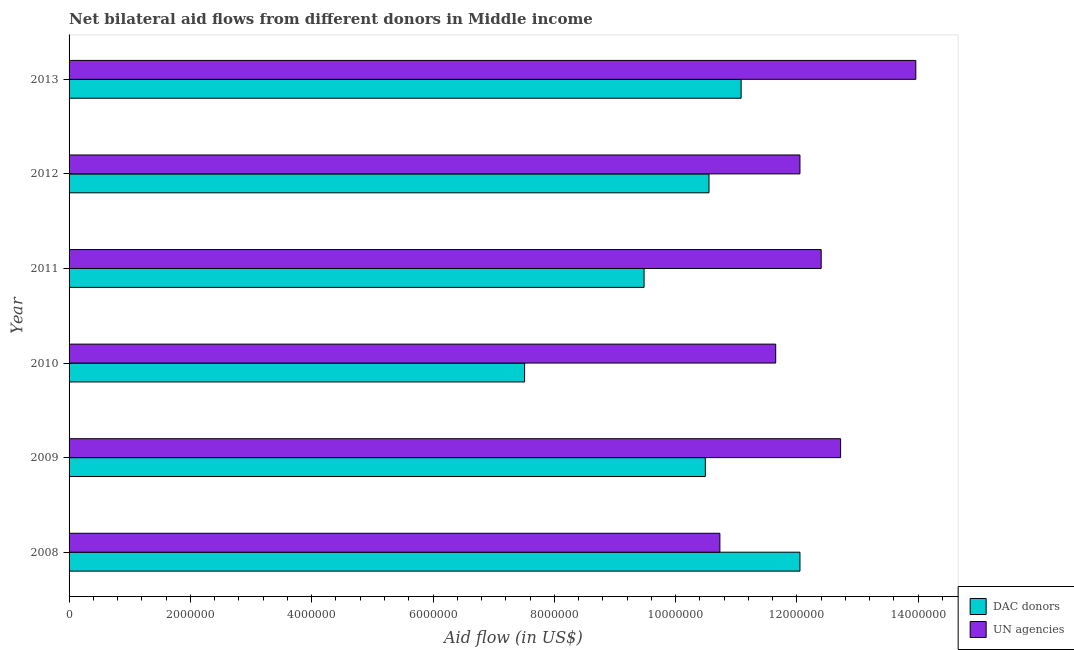
| Year | DAC donors | UN agencies |
 | --- | --- | --- |
 | 2008 | 1.20e+07 | 1.07e+07 |
 | 2009 | 1.05e+07 | 1.27e+07 |
 | 2010 | 7.51e+06 | 1.16e+07 |
 | 2011 | 9.48e+06 | 1.24e+07 |
 | 2012 | 1.06e+07 | 1.20e+07 |
 | 2013 | 1.11e+07 | 1.4e+07 |